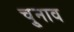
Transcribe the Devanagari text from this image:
चु्नाव